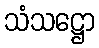
သံသဋ္ဌော